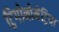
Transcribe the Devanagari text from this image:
ट्रिगोनोमेट्रिया